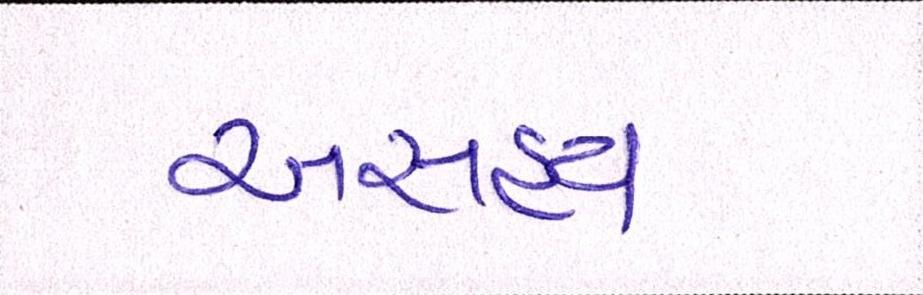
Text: અસહ્ય